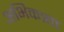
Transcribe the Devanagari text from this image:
अभिकत्र्ता